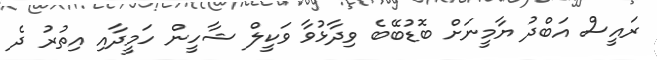
ރައީސް އަބްދު ޔާމީނަށް ބޮޑުބޭބެ ވިދާޅުވާ ވަކީލް ޝާހީން ހަމީދާއި އިތުރު ދެ